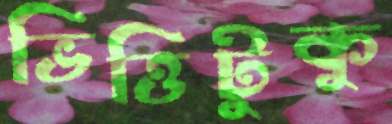
ভিত্তিটুকু